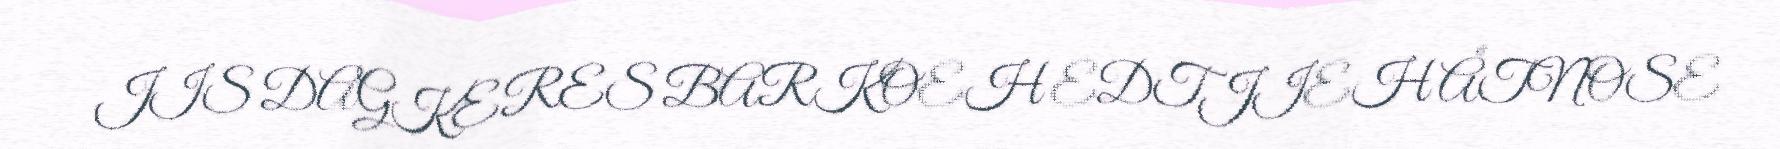
JIS DAGKERES BARKOEH EDTJIEH ÅTNOSE